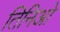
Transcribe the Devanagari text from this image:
तिनिओ